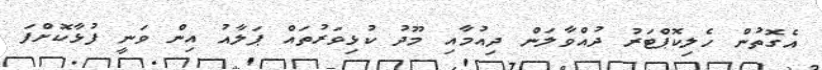
އެގޮތުން ހެލިކޮޕްޓަރު ދުއްވާލަން ދިއުމާއި މޫދު ކުޅިވަރުތައް ޕަލާއު އިން ވަނީ ފުޅާކޮށްފަ